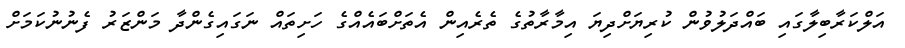
އަލްކަރާބިލާގައި ބައްދަލުވުން ކުރިޔަށްދިޔަ އިމާރާތުގެ ތެރެއިން އެތަށްބައެއްގެ ހަށިތައް ނަގައިގެންދާ މަންޒަރު ފެނުނުކަމަށް